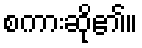
စကားဆို၏။